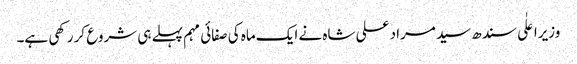
وزیراعلٰی سندھ سید مراد علی شاہ نے ایک ماہ کی صفائی مہم پہلے ہی شروع کر رکھی ہے۔